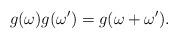
LaTeX: \begin{align*}g(\omega )g(\omega ^{\prime })=g(\omega +\omega ^{\prime }).\end{align*}